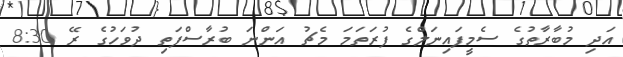
އަދި މުބާރާތުގެ ސެމީފައިނަލްގެ ފުރަތަމަ މެޗު އަންނަ ބުރާސްފަތި ދުވަހުގެ ރޭ 8:30